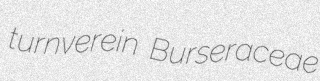
turnverein Burseraceae